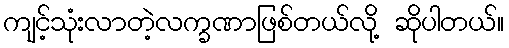
ကျင့်သုံးလာတဲ့လက္ခဏာဖြစ်တယ်လို့ ဆိုပါတယ်။